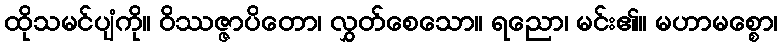
ထိုသမင်ပျံကို။ ဝိဿဇ္ဇာပိတော၊ လွှတ်စေသော။ ရညော၊ မင်း၏။ မဟာမစ္စော၊